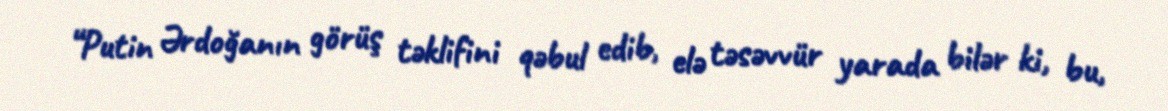
“Putin Ərdoğanın görüş təklifini qəbul edib, elə təsəvvür yarada bilər ki, bu,